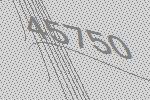
45750